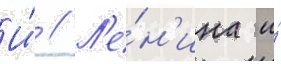
И́ // Л'е́н'ина и́